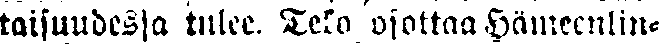
taisuudessa tulee. Teko osottaa Hämeenlin-